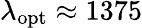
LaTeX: \lambda_{\mathrm{opt}}\approx 1375